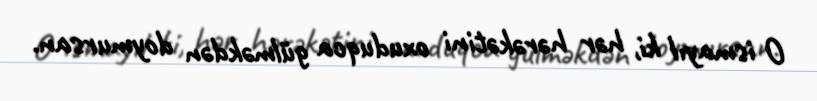
O ismayıl ki, hər hərəkətini oxuduqca gülməkdən doymursan.